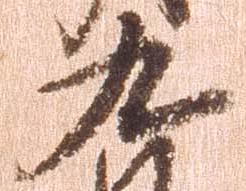
九